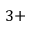
3 +